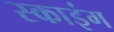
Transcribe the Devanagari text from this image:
स्काइंग